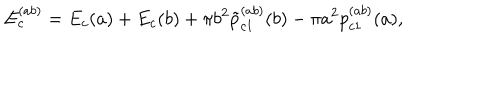
E _ { c } ^ { ( a b ) } = E _ { c } ( a ) + E _ { c } ( b ) + \pi b ^ { 2 } \tilde { p } _ { c 1 } ^ { ( a b ) } ( b ) - \pi a ^ { 2 } p _ { c 1 } ^ { ( a b ) } ( a ) ,